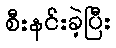
စီးနင်းခဲ့ပြီး